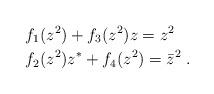
LaTeX: \begin{align*}& f_1(z^2)+f_3(z^2)z=z^2\\& f_2(z^2)z^*+ f_4(z^2)=\bar z^2\; .\end{align*}